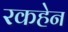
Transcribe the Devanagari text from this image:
रकहेन